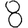
Digit: 8